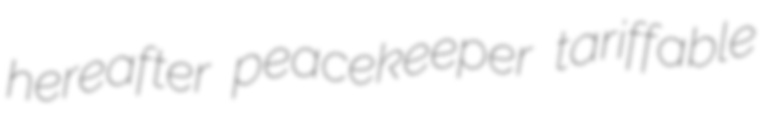
hereafter peacekeeper tariffable